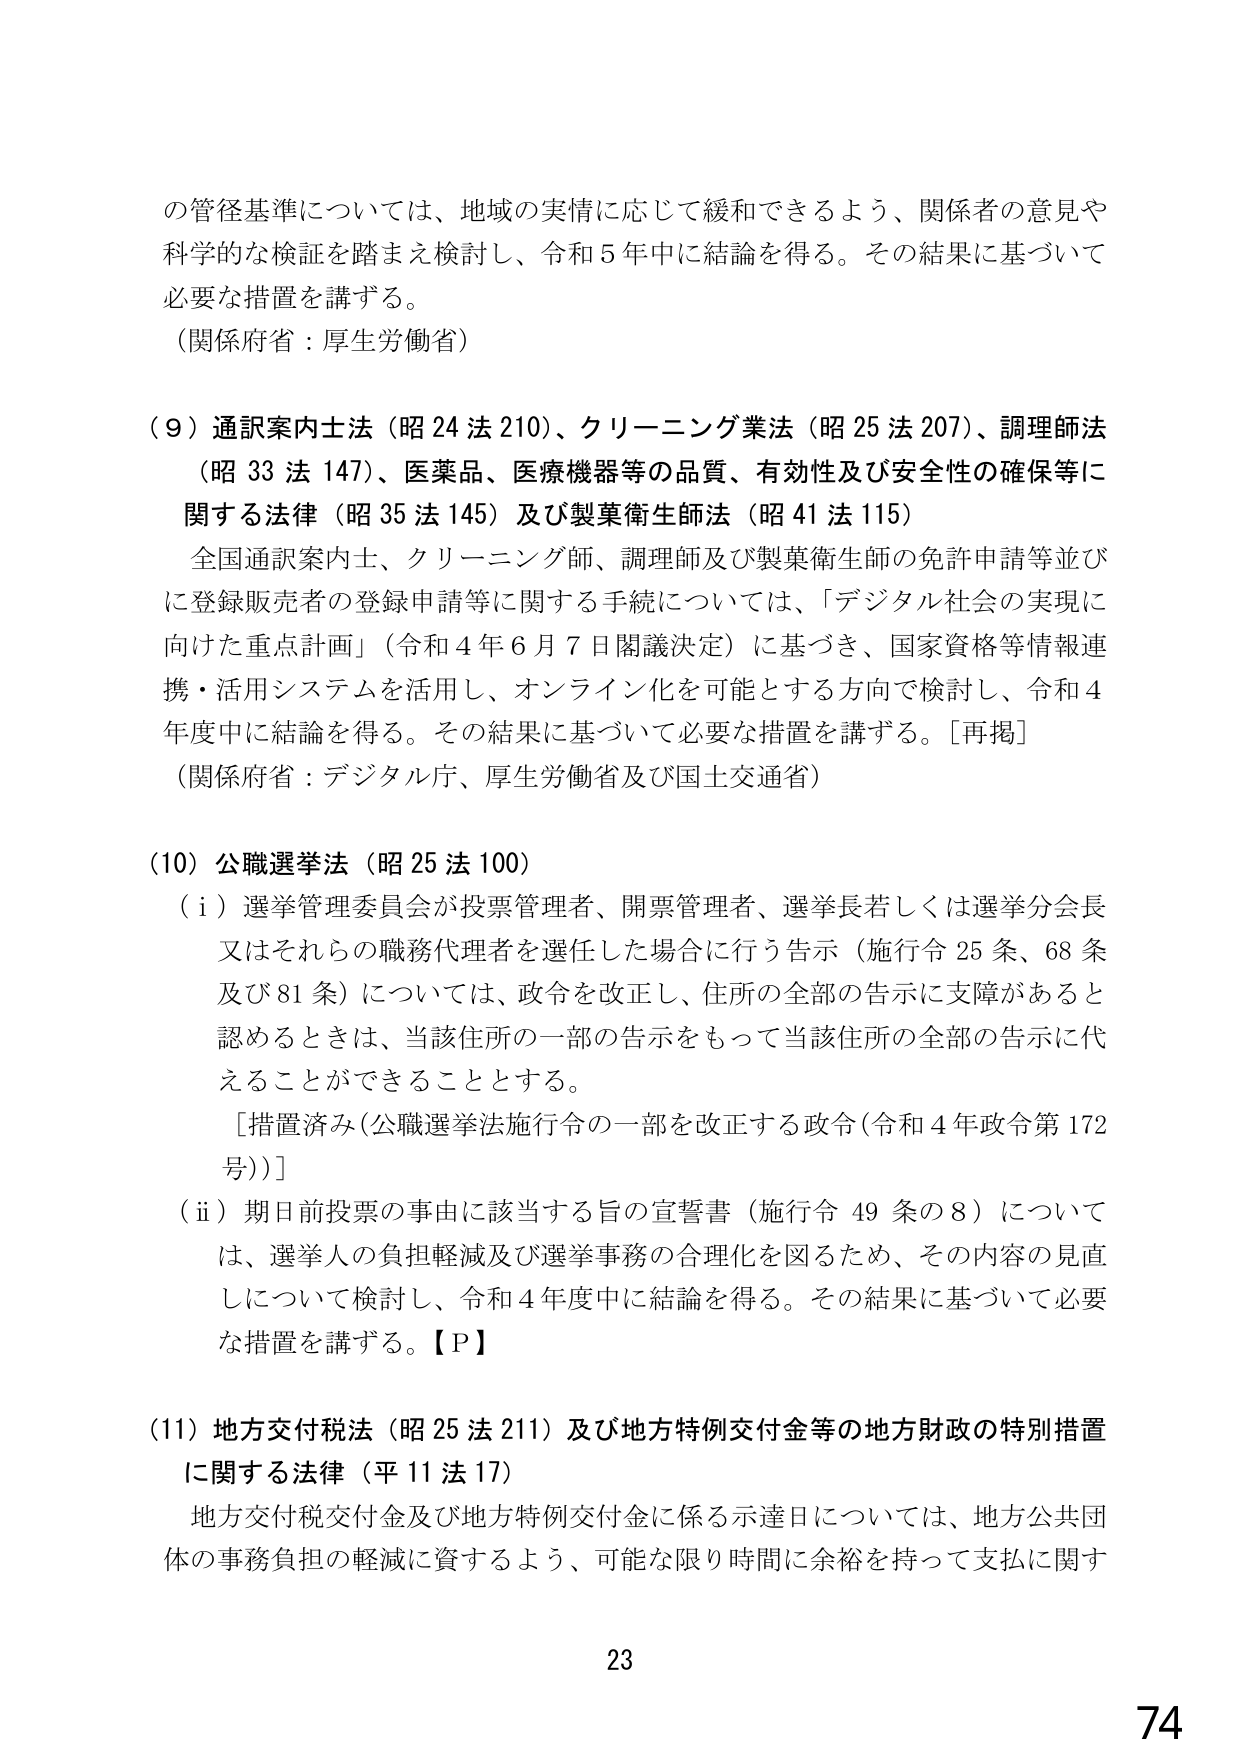
の管径基準については、地域の実情に応じて緩和できるよう、関係者の意見や
科学的な検証を踏まえ検討し、令和５年中に結論を得る。その結果に基づいて
必要な措置を講ずる。
（関係府省：厚生労働省）

（９）通訳案内士法（昭24法210）、クリーニング業法（昭25法207）、調理師法
（昭33法147）、医薬品、医療機器等の品質、有効性及び安全性の確保等に
関する法律（昭35法145）及び製菓衛生師法（昭41法115）
　全国通訳案内士、クリーニング師、調理師及び製菓衛生師の免許申請等並び
に登録販売者の登録申請等に関する手続については、「デジタル社会の実現に
向けた重点計画」（令和４年６月７日閣議決定）に基づき、国家資格等情報連
携・活用システムを活用し、オンライン化を可能とする方向で検討し、令和４
年度中に結論を得る。その結果に基づいて必要な措置を講ずる。［再掲］
（関係府省：デジタル庁、厚生労働省及び国土交通省）

（10）公職選挙法（昭25法100）
　（ⅰ）選挙管理委員会が投票管理者、開票管理者、選挙長若しくは選挙分会長
又はそれらの職務代理者を選任した場合に行う告示（施行令25条、68条
及び81条）については、政令を改正し、住所の全部の告示に支障があると
認めるときは、当該住所の一部の告示をもって当該住所の全部の告示に代
えることができることとする。
　　［措置済み（公職選挙法施行令の一部を改正する政令（令和４年政令第172
号））］
　（ⅱ）期日前投票の事由に該当する旨の宣誓書（施行令49条の8）について
は、選挙人の負担軽減及び選挙事務の合理化を図るため、その内容の見直
しについて検討し、令和４年度中に結論を得る。その結果に基づいて必要
な措置を講ずる。【Ｐ】

（11）地方交付税法（昭25法211）及び地方特例交付金等の地方財政の特別措置
に関する法律（平11法17）
　地方交付税交付金及び地方特例交付金に係る示達日については、地方公共団
体の事務負担の軽減に資するよう、可能な限り時間に余裕を持って支払に関す

23
74